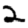
Digit: 2